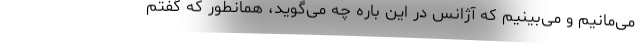
می‌مانیم و می‌بینیم که آژانس در این باره چه می‌گوید، همانطور که گفتم